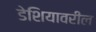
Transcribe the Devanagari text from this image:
डेशियावरील